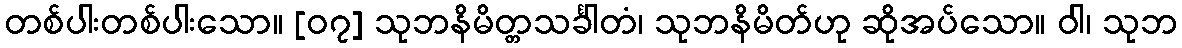
တစ်ပါးတစ်ပါးသော။ [၀၇] သုဘနိမိတ္တသင်္ခါတံ၊ သုဘနိမိတ်ဟု ဆိုအပ်သော။ ဝါ၊ သုဘ